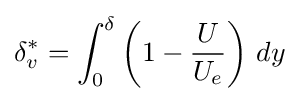
\delta _{v}^{*}=\int _{0}^{\delta }\left(1-{\frac {U}{U_{e}}}\right)\,dy